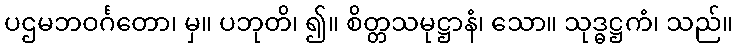
ပဌမဘဝင်္ဂတော၊ မှ။ ပဘုတိ၊ ၍။ စိတ္တသမုဋ္ဌာနံ၊ သော။ သုဒ္ဓဋ္ဌကံ၊ သည်။